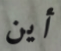
أين